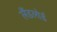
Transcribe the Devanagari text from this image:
लैंडलोर्ड